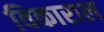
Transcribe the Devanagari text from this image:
विकाराल